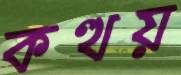
কত্থয়